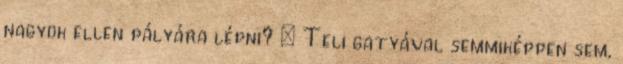
nagyok ellen pályára lépni? – Teli gatyával semmiképpen sem,